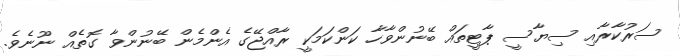
ސަރުކާރާއި ސިޔާސީ ޕާޓީތައް ބޭނުންވާހާ ކަންކަމަކީ ރާއްޖޭގެ އެންމެން ބޭނުންވާ ގޮތެއް ނޫނެވެ.